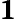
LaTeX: \pmb{1}